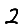
Digit: 2